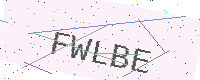
Text: FWLBE